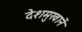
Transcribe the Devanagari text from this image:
देशमुखानें